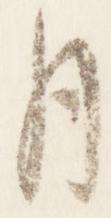
月